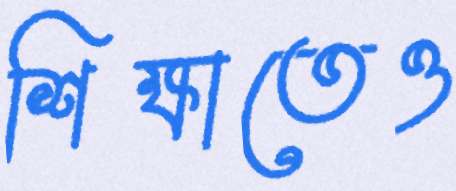
শিক্ষাতেও